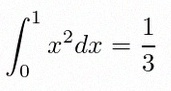
\int_0^1 x^2dx=\frac13